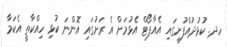
ހދ. ކުޅުދުއްފުށީގައި އެއާޕޯޓް އެޅުމަށް އެ ރަށުގައި އޮންނަ ކުޅި ހިއްކާތީ އެކަމާ